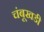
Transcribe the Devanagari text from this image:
चंबूखडी